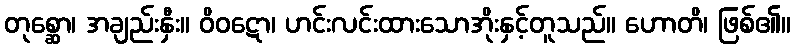
တုစ္ဆော၊ အချည်းနှီး။ ဝိဝဋော၊ ဟင်းလင်းထားသောအိုးနှင့်တူသည်။ ဟောတိ၊ ဖြစ်၏။